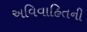
અવિવાહિતની